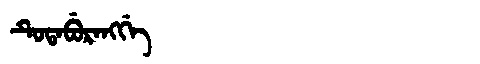
Manchu: ᡨᡠᡨᠠᠪᡠᡵᠠᠩᡤᡝ
Romanization: TUTABURANGGE